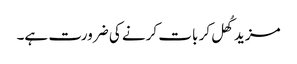
مزید کُھل کر بات کرنے کی ضرورت ہے۔